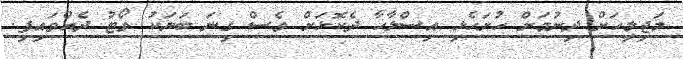
މަޖިލީހަށް ދިނުމަށް ހުށަހެޅި އިސްލާހާ ދެކޮޅަށް ވެސް ގިނަ ބަޔަކު ވޯޓު ދެއްވައިފި.